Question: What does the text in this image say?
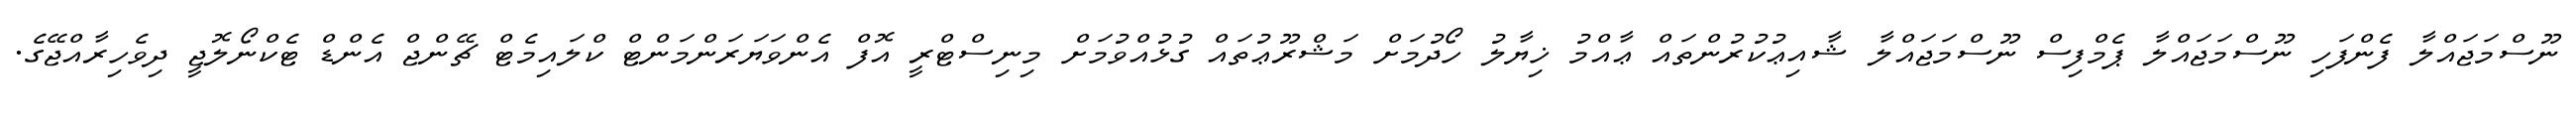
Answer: ނޫސްމަޖައްލާ ފެންފަހި ނޫސްމަޖައްލާ ޕެމްފިސް ނޫސްމަޖައްލާ ޝާއިޢުކުރުންތައް ޢާއްމު ޚިޔާލު ހޯދުމަށް މަޝްރޫޢުތައް ގުޅުއްވުމަށް މިނިސްޓްރީ އޮފް އެންވަޔަރަންމަންޓް ކްލައިމެޓް ޗޭންޖް އެންޑް ޓެކްނޯލޮޖީ ދިވެހިރާއްޖޭގެ.